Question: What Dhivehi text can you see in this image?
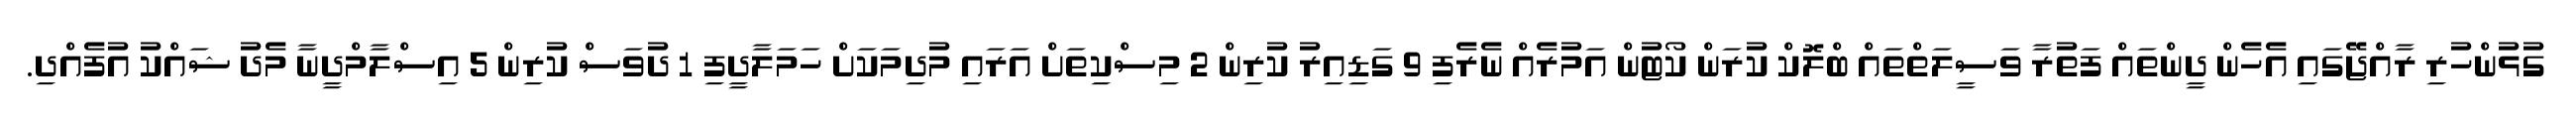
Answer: ގުޅުންހުރި ރާއްޖޭގައި އެހެން ދީންތައް ފަތުރާ ވަސީލަތްތައް ބްލޮކް ކުރަން ކޯޓުން އަމުރެއް ނެރެފި 9 ގަޑިއިރު ކުރިން 2 މިސްކިތަށް އަރައި މުދިމަކަށް ހަމަލާދީފި 1 ދުވަސް ކުރިން 5 އިސްލާމްދީނާ މެދު ޝައްކު އުފެއްދި.